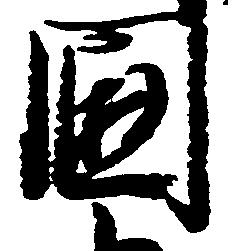
国